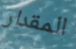
المقدار